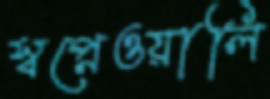
স্বপ্নেওয়ালি